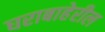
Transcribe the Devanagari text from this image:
घराबाहेरील